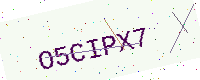
Text: O5CIPX7